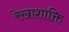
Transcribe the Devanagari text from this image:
रेखाशाक्ति